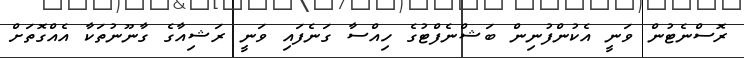
ރޮސްނެޓުން ވަނީ އެކުންފުނިން ބަޝްނެފްޓުގެ ހިއްސާ ގަނެފައި ވަނީ ރަޝިއާގެ ގާނޫނުތަކާ އެއްގޮތަށް